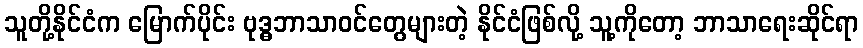
သူတို့နိုင်ငံက မြောက်ပိုင်း ဗုဒ္ဓဘာသာဝင်တွေများတဲ့ နိုင်ငံဖြစ်လို့ သူ့ကိုတော့ ဘာသာရေးဆိုင်ရာ